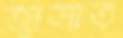
জ্বালাত